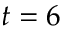
t = 6